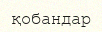
қобандар